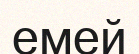
емей